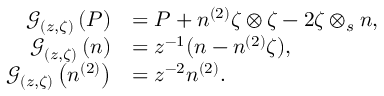
\begin{array} { r l } { \mathcal { G } _ { ( z , \zeta ) } \left( P \right) } & { = P + n ^ { ( 2 ) } \zeta \otimes \zeta - 2 \zeta \otimes _ { s } n , } \\ { \mathcal { G } _ { ( z , \zeta ) } \left( n \right) } & { = z ^ { - 1 } ( n - n ^ { ( 2 ) } \zeta ) , } \\ { \mathcal { G } _ { ( z , \zeta ) } \left( n ^ { ( 2 ) } \right) } & { = z ^ { - 2 } n ^ { ( 2 ) } . } \end{array}